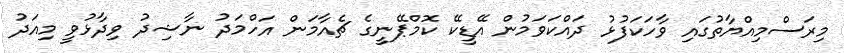
މިރަސްމިއްޔާތުގައި ވާހަކަފުޅު ދައްކަވަމުން އޭޑީކޭ ކޮމްޕޭނީގެ ޗެއާމަން އަހްމަދު ނާޝިދު ވިދާޅުވީ މިއަދު